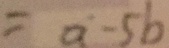
= a - 5 b